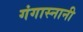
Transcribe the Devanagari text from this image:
गंगास्नानी